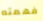
فهمته